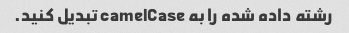
رشته داده شده را به camelCase تبدیل کنید.